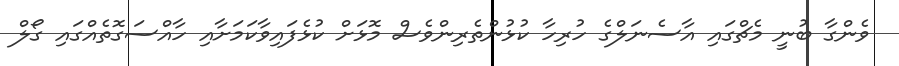
ވެންގާ ބުނީ މެޗްގައި އާސެނަލްގެ ހުރިހާ ކުޅުންތެރިންވެސް މޮޅަށް ކުޅެފައިވާކަމަށާއި ހާއްސަގޮތެއްގައި ގޯލް